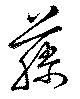
藤